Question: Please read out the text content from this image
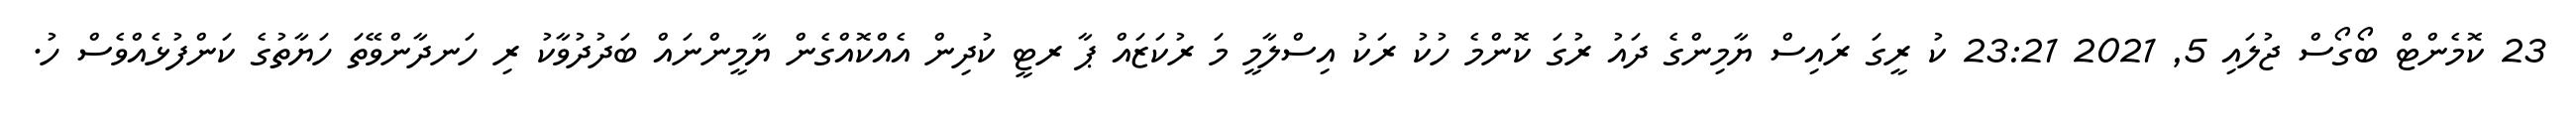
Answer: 23 ކޮމެންޓް ބޯގޯސް ޖުލައި 5, 2021 23:21 ކު ރީގަ ރައިސް ޔާމިންގެ ދައު ރުގަ ކޮންމެ ހުކު ރަކު އިސްލާމީ މަ ރުކަޒައް ޕާ ރޓީ ކުދިން އެއްކޮއްގެން ޔާމީންނައް ބަދުދުވާކު ރި ހަނދާންވޭތަ ހަޔާތުގެ ކަންފުޅެއްވެސް ހު.